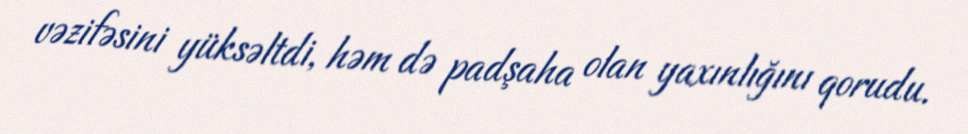
vəzifəsini yüksəltdi, həm də padşaha olan yaxınlığını qorudu.